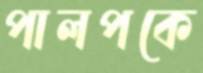
পালপকে